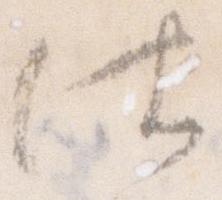
仕